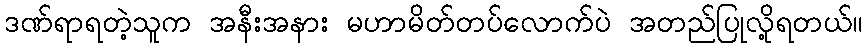
ဒဏ်ရာရတဲ့သူက အနီးအနား မဟာမိတ်တပ်လောက်ပဲ အတည်ပြုလို့ရတယ်။